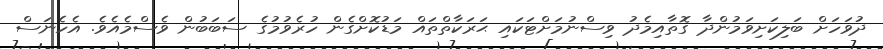
ދުވަހަށް ބަލިކަށިވަމުންދާ ގޮތާއިމެދު ވިސްނުމަށްޓަކައި ޙަރަކާތްތައް މަޑުކޮށްގެން ހުރެވުމުގެ ސަބަބުން ވެސްމެއެވެ. އެހެނަސް